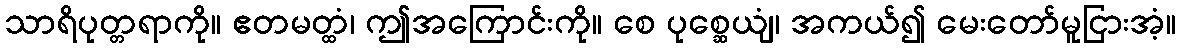
သာရိပုတ္တရာကို။ ဧတမတ္ထံ၊ ဤအကြောင်းကို။ စေ ပုစ္ဆေယျံ၊ အကယ်၍ မေးတော်မူငြားအံ့။